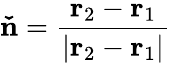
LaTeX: \mathbf{\check{n}}=\frac{\mathbf{r}_{2}-\mathbf{r}_{1}}{|\mathbf{r}_{2}-\mathbf{r}_{1}|}